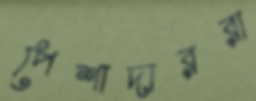
পেশাদাররা